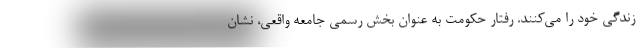
زندگي خود را مي‌كنند. رفتار حكومت به عنوان بخش رسمي جامعه واقعي، نشان